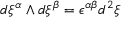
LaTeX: d \xi ^ { \alpha } \wedge d \xi ^ { \beta } = \epsilon ^ { \alpha \beta } d ^ { 2 } \xi